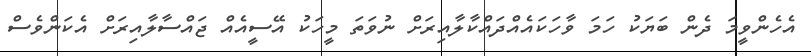
އެހެންވީމަ ދެން ބަޔަކު ހަމަ ވާހަކައެއްދައްކާލާއިރަށް ނުވަތަ މީހަކު އޭސީއެއް ޖައްސާލާއިރަށް އެކަންވެސް